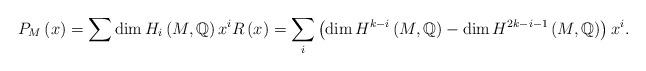
LaTeX: \begin{align*}P_M\left(x\right)= \sum \dim H_i\left(M,\mathbb{Q}\right)x^i R\left(x\right)=\sum_{i}\left(\dim H^{k-i}\left(M,\mathbb{Q}\right)-\dim H^{2k-i-1}\left(M,\mathbb{Q}\right)\right)x^i.\end{align*}